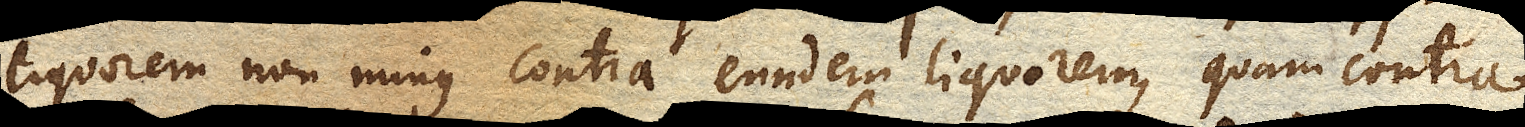
liquorem non minus contra eundem liquorem, quam contra